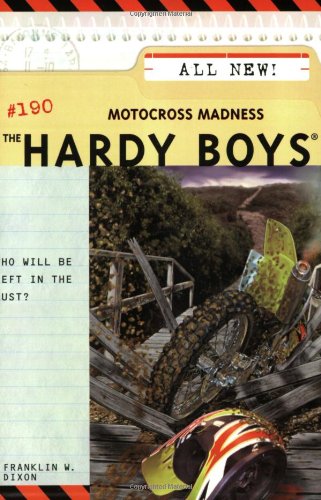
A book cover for Motocross Madness (The Hardy Boys #190); Franklin W. Dixon; Sports & Outdoors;